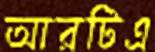
আরটিএ